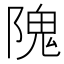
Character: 隗